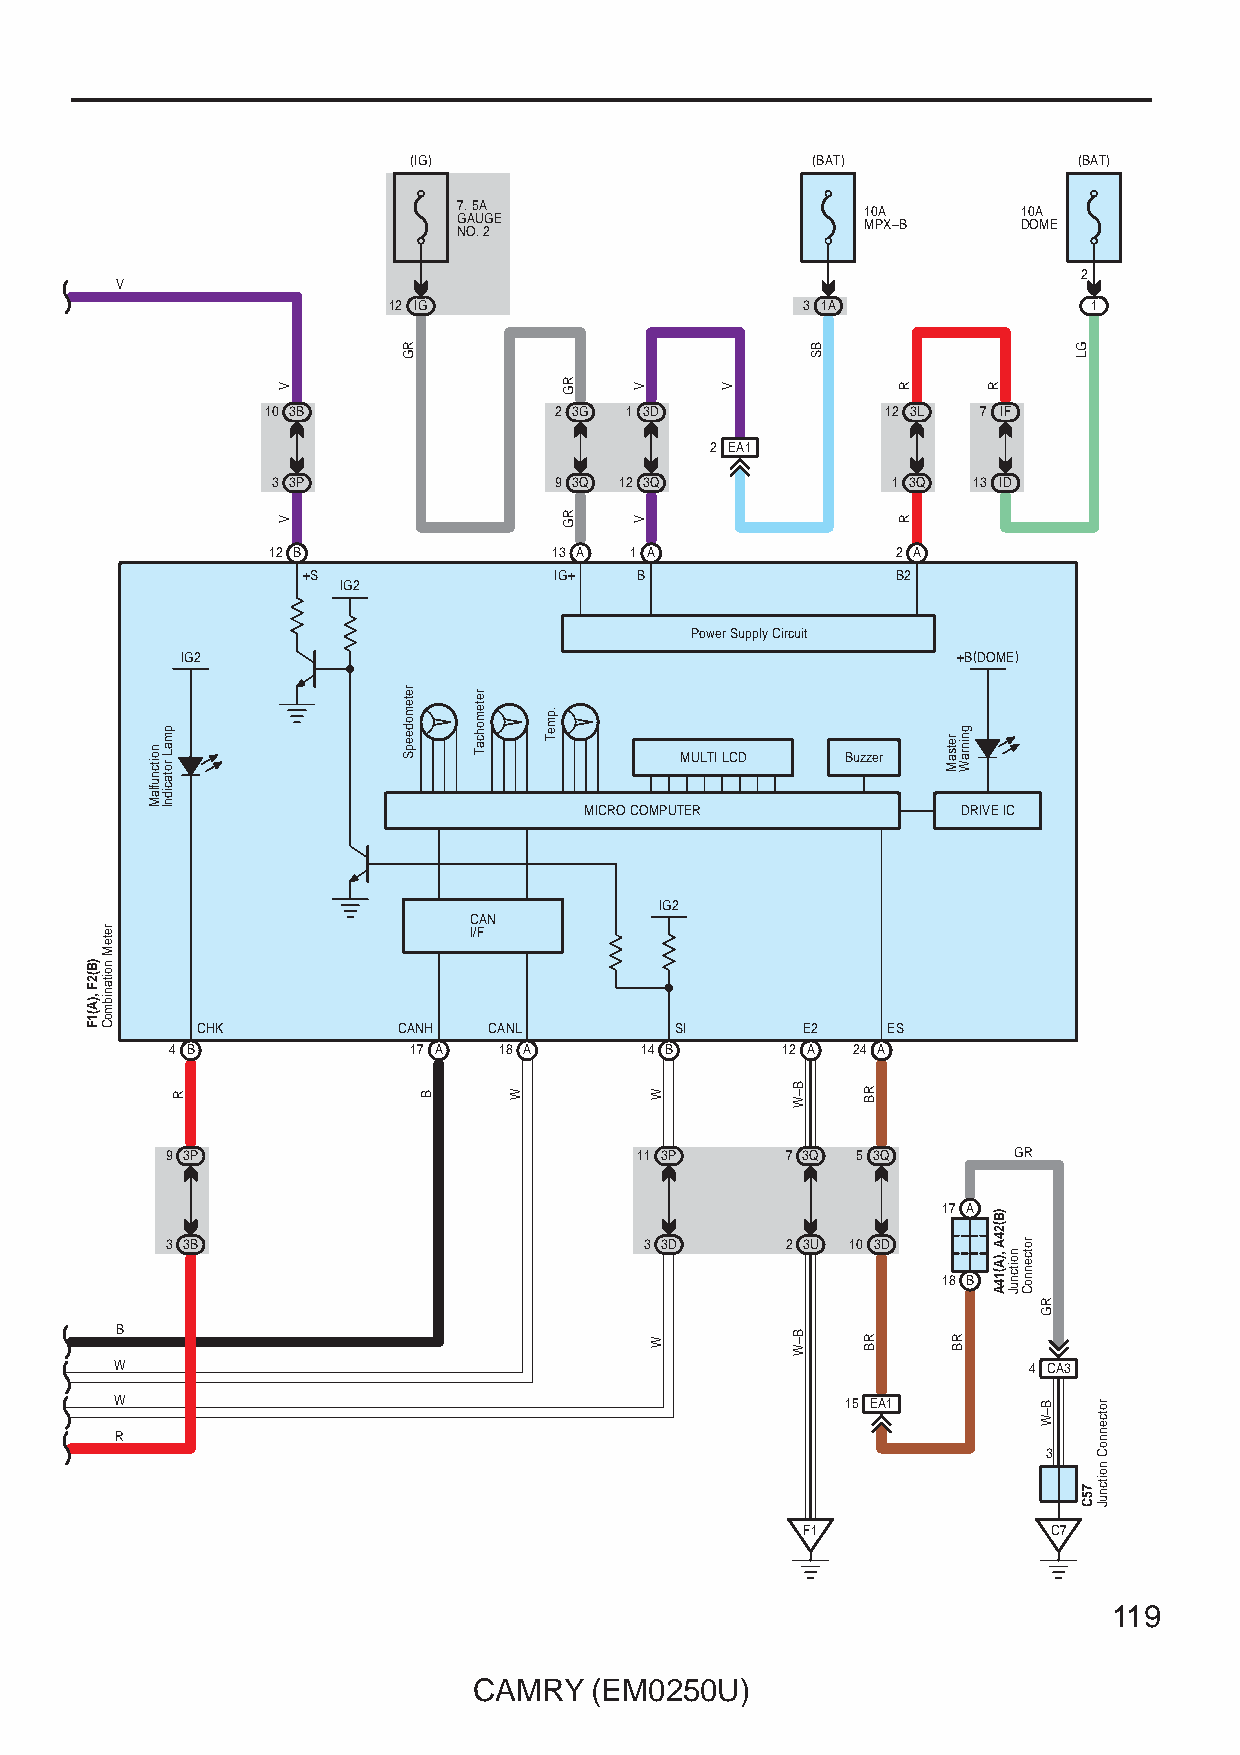
(IG)                       (BAT)            (BAT)
 7. 5A                      10A        10A
 GAUGE                      MPX–B      DOME
 NO. 2
 2
 V
 12 IG                      3 1A               1
 10 3B              2 3G 1 3D             12 3L 7 IF
 2 EA1
 3 3P               9 3Q 12 3Q            1 3Q 13 ID
 12 B               13 A 1 A              2 A
 +S               IG+  B                B2
 IG2
 Power Supply Circuit
 IG2                                                +B(DOME)
 MULTI LCD  Buzzer
 MICRO COMPUTER           DRIVE IC
 IG2
 CAN
 I/F
 CHK          CANH  CANL         SI      E2    ES
 4 B             17 A  18 A     14 B      12 A 24 A
 9 3P                           11 3P     7 3Q 5 3Q      GR
 17 A
 3 3B                            3 3D     2 3U 10 3D
 18 B
 B
 W                                                           4 CA3
 W                                               15 EA1
 R
 3
 F1               C7
 119
 CAMRY   (EM0250U)
 )B(2F
 ,)A(1F
 reteM
 noitanibmoC
 noitcnuflaM
 pmaL
 rotacidnI
 R
 V
 V
 RG
 retemodeepS
 B
 retemohcaT
 W
 .pmeT
 RG
 RG
 V
 V
 W
 W
 V
 B–W
 B–W
 BS
 RB
 RB
 R
 R
 retsaM
 RB
 gninraW
 R
 )B(24A
 ,)A(14A noitcnuJ
 rotcennoC
 RG
 B–W
 GL
 75C
 rotcennoC
 noitcnuJ